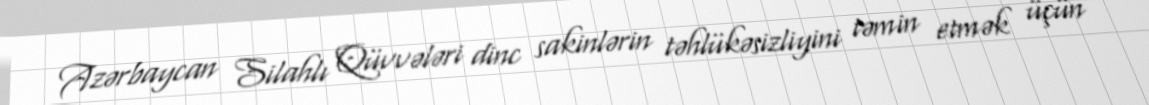
Azərbaycan Silahlı Qüvvələri dinc sakinlərin təhlükəsizliyini təmin etmək üçün